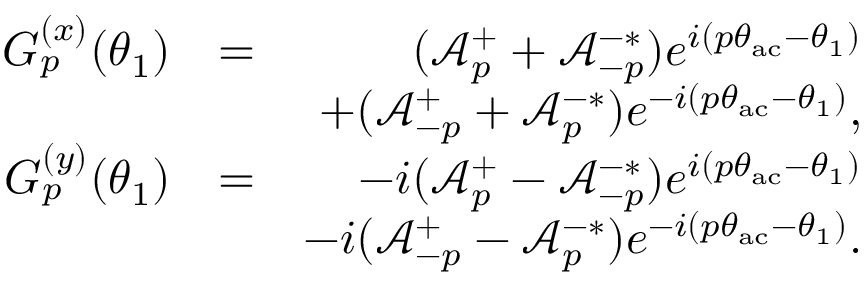
\begin{array} { r l r } { G _ { p } ^ { ( x ) } ( \theta _ { 1 } ) } & { = } & { ( \mathcal { A } _ { p } ^ { + } + \mathcal { A } _ { - p } ^ { - * } ) e ^ { i ( p \theta _ { \mathrm { a c } } - \theta _ { 1 } ) } } \\ & { } & { + ( \mathcal { A } _ { - p } ^ { + } + \mathcal { A } _ { p } ^ { - * } ) e ^ { - i ( p \theta _ { \mathrm { a c } } - \theta _ { 1 } ) } , } \\ { G _ { p } ^ { ( y ) } ( \theta _ { 1 } ) } & { = } & { - i ( \mathcal { A } _ { p } ^ { + } - \mathcal { A } _ { - p } ^ { - * } ) e ^ { i ( p \theta _ { \mathrm { a c } } - \theta _ { 1 } ) } } \\ & { } & { - i ( \mathcal { A } _ { - p } ^ { + } - \mathcal { A } _ { p } ^ { - * } ) e ^ { - i ( p \theta _ { \mathrm { a c } } - \theta _ { 1 } ) } . } \end{array}